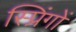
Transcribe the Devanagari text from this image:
स्प्रिंगों